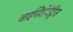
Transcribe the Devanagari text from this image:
जाईगेंटोपेट्रिड